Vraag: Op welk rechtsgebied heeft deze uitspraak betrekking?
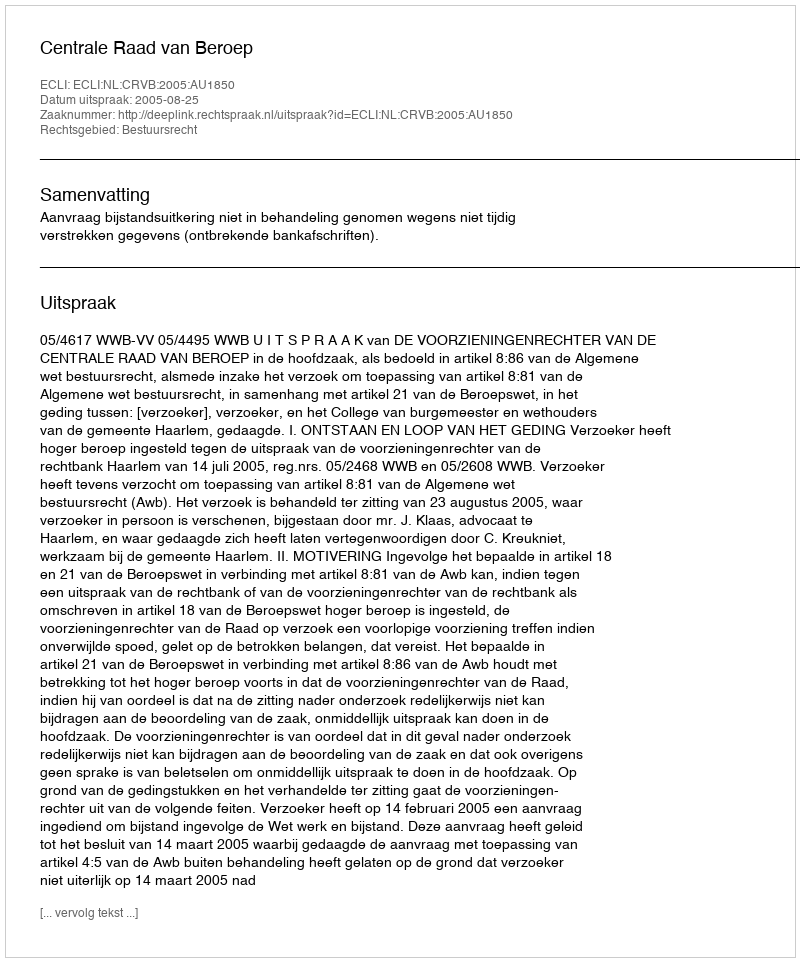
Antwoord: Bestuursrecht